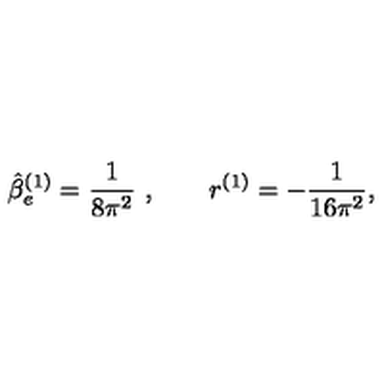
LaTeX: \hat { \beta } _ { e } ^ { ( 1 ) } = \frac 1 { 8 \pi ^ { 2 } } \ , \qquad r ^ { ( 1 ) } = - \frac 1 { 1 6 \pi ^ { 2 } } ,